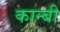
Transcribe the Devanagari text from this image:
कान्बी